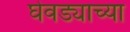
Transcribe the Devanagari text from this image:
घेवड्याच्या